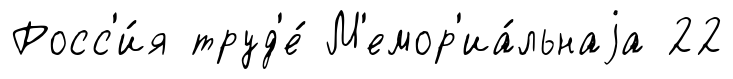
Росс'и́я труд'е́ М'емор'иа́льнаjа 22